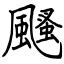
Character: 颾